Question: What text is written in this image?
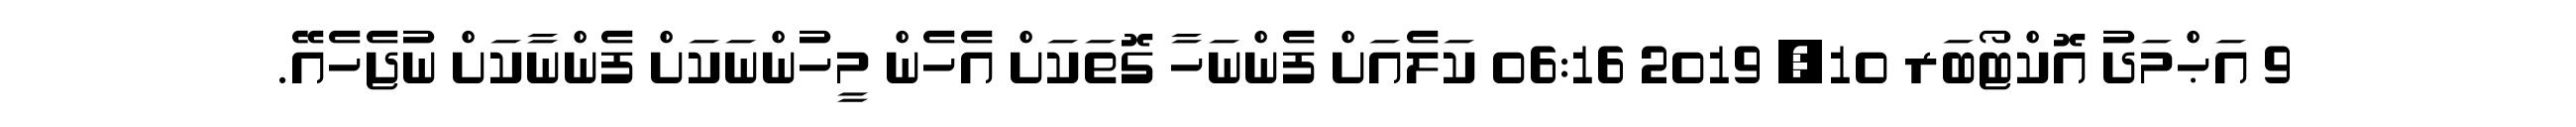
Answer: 9 އަޙްމަދު އޮކްޓޯބަރ 10, 2019 06:16 ކަލެއަށް ފެންނަހާ ގޮތަކަށް އެހެން މީހުންނަކަށް ފެންނާކަށް ނުޖެހެއޭ.